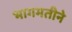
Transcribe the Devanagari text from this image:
भागमतीने